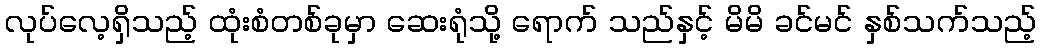
လုပ်လေ့ရှိသည့် ထုံးစံတစ်ခုမှာ ဆေးရုံသို့ ရောက် သည်နှင့် မိမိ ခင်မင် နှစ်သက်သည့်